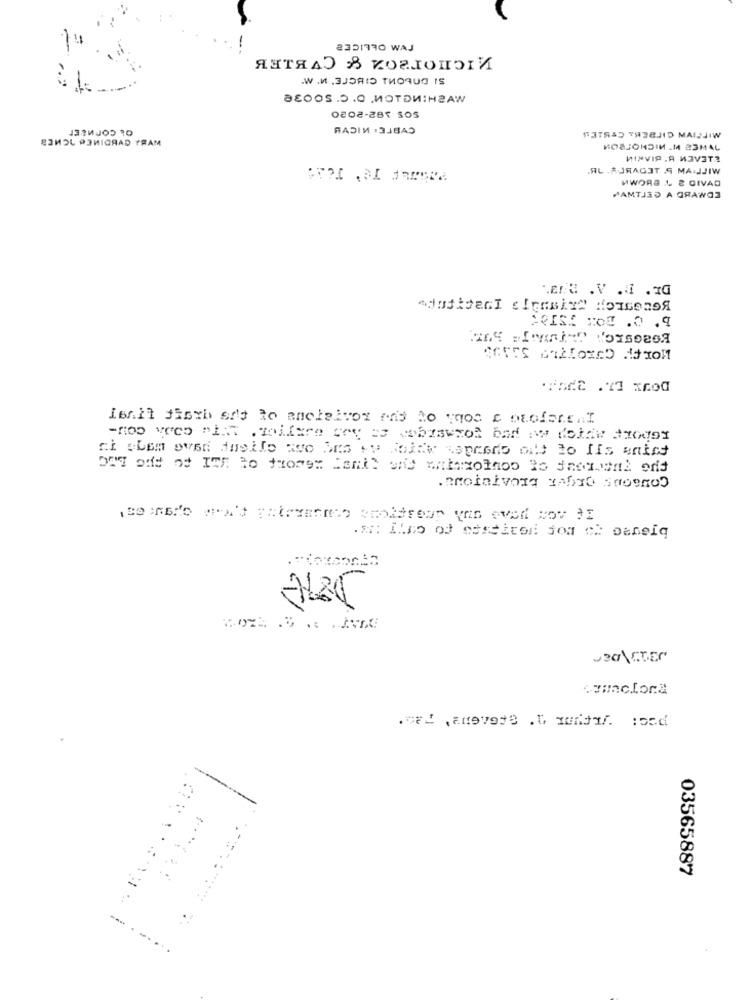
PVM OELICES
янтялЭ 8 vоглоноги
.W .N .3JORIS THORUG IS
agOOS.O.O MOTDN:H2AW
os cornaEr
oco2-285 sos
RADIN :3JBA5
ВЗИЭL ЯЗИТСЯАД ТРАМ
TETRAD YAZBJID MAIJJIW
НОВJONDIN _M #3MAL
NINVIP .A W3VITA
.AL . AJRAG3T .S MAIJJIW
MWORS 4. & CIVAD
MAMTJ3D A GRAWOS
MOISE TOR .0 .9
·Toda .2 xrod
Isall thexb sold to anclalvor es to ynos c profare.I
03565887
..
-----